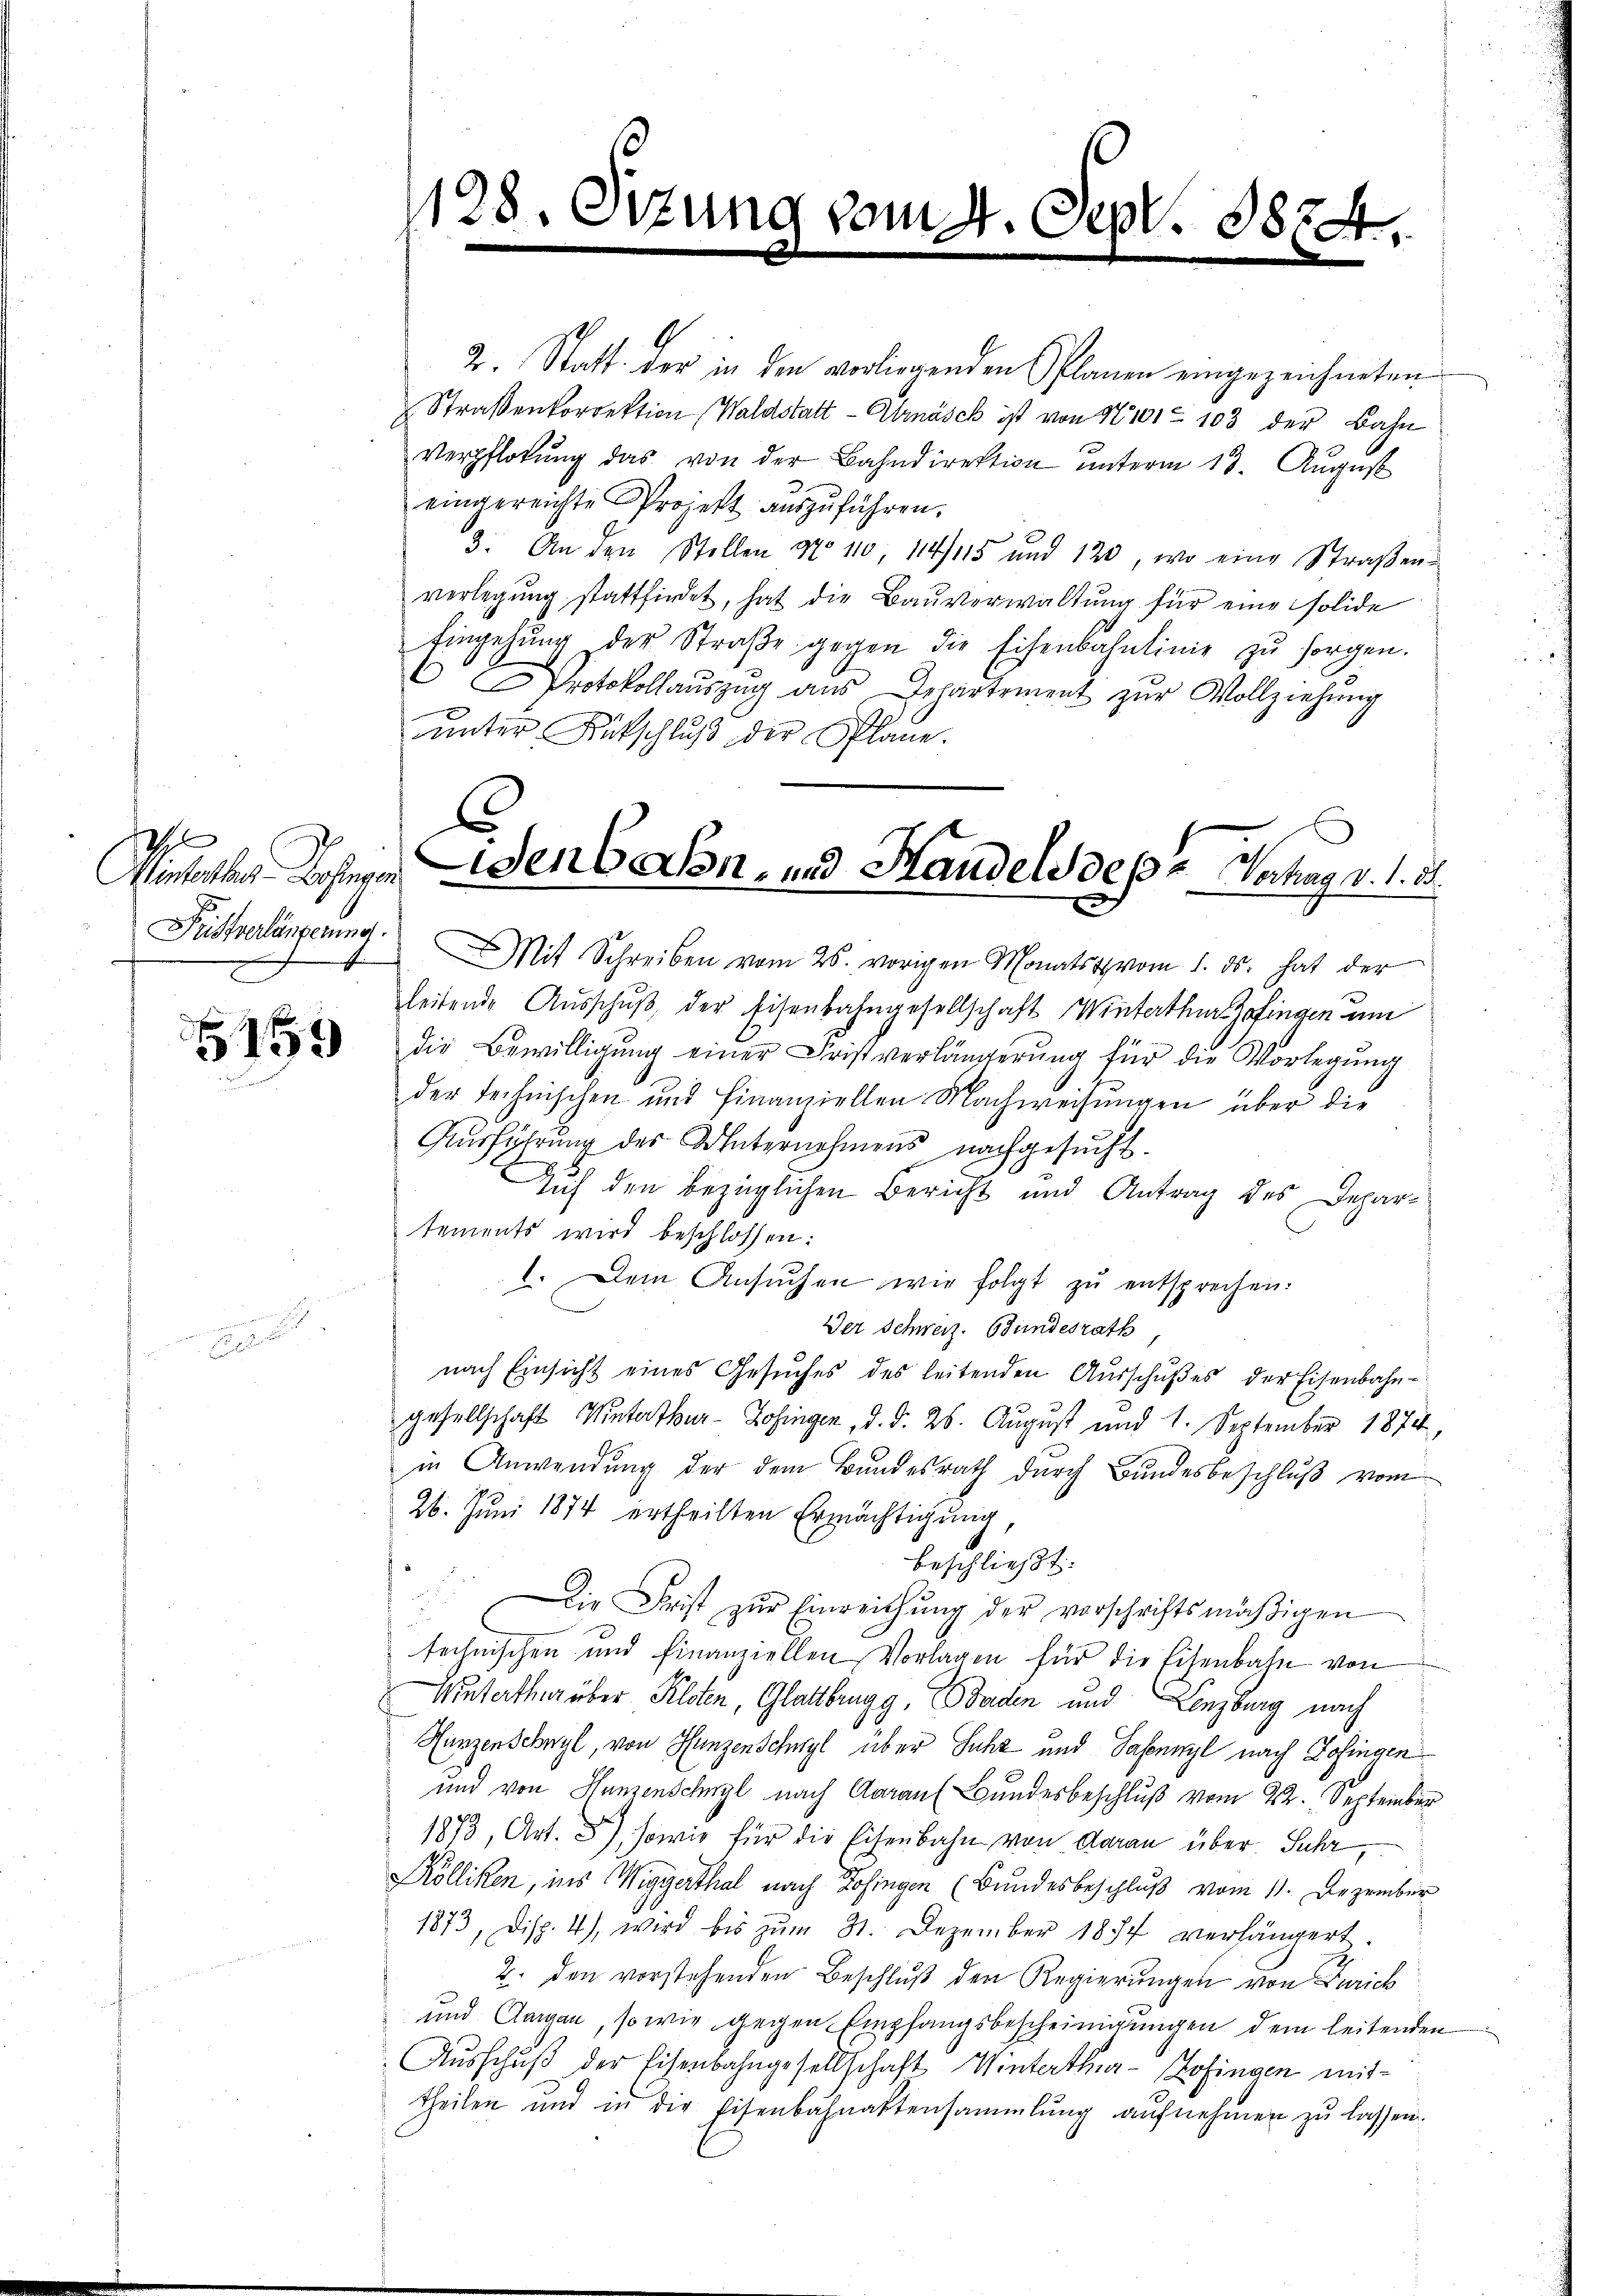
I
Alenterthur Hosengen
Fristverlängerung.

5159

1128. Sitzung vom 4. Sept. 1824

2. Statt der in den vorliegenden Planen eingezeichneten
Straßenkorrektion Waldstatt - Alrnäsck ist von 18101. 103 der Bahn
Verpflegŭng das von der Bahndirektion ŭnterm 13. Aŭgŭst
eingereichte Projekt auszuführen.
3. An den Stellen No 110, 114/115 und 123, wo eine Straβen-
verlegung stattfindet, hat die Bauverwaltung für eine solide
Eingehŭng der Straβe gegen die Eisenbahnlinie zŭ sorgen.
Protokollauszug aus Departement zŭr Vollziehung
unter Rutschluß der Plane.

denbahn, und Handelsdepe Verhag v. 1. 21.

Mit Schreiben vom 25. vorigen Monats vom 1. ds. hat der
leitende Aŭsschŭβ der Eisenbahngesellschaft Winterthur Zofingen um
die Bewilligŭng einer Fristverlängerŭng für die Vorlegŭng
der technischen und Finanziellen Nachweisungen über die
Ausführung des Unternehmens nachgesucht.
Auf den bezüglichen Bericht und Antrag des Departements wird beschlossen:
1. Dem Ansŭchen wie folgt zŭ entsprechen.
Der Schweiz. Bundesrath
nach Einsicht eines Gesŭches des leitenden Aŭsschŭβes der Eisenbahn-
gesellschaft Winterthur- Zofingen, d. d. 26. August und 1. September 1874,
in Anwendung der dem Bundesrath durch Bundesbeschluß vom
26. Juni 1874 ertheilten Ermächtigung,
beschließt:
Die Frist zŭr Einreichŭng der vorschriftsmäβigen
technischen und finanziellen Vorlagen für die Eisenbahn von
Winterthur über Kloten, Glattbrugg, Baden und Lenzburg nach
Hunzenschwyl, von Hunzenschwyl über Juhz und Sabuml nach Zofingen
und von Hunzenschuzl nach Aaraus Bundesbeschluß vom 22. September
1873, Art. 8), sowie für die Eisenbahn von Aarau über Suhr
Kölliken, ins Wigierthal nach Zofingen (Bundesbeschluß vom 11. Dezember
1873, Disp. 4) wird bis zŭm 31. Dezember 1874 verlängert
2. den vorstehenden Beschlŭβ den Regierungen von Zürich
und Aargau, so wie gegen Empfangsbescheinigungen dem leitenden
Ausschuß der Eisenbahngesellschaft Winterthur-Hofingen mittheilen und in die Eisenbahnaktensammlung aufnehmen zu lassen.